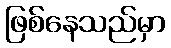
ဖြစ်နေသည်မှာ